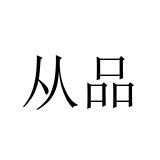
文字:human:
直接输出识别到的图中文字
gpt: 从品